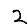
Digit: 2